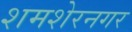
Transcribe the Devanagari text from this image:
शमशेरनगर